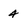
Character: 4